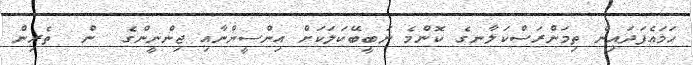
ހަމައެފަދައިން ތިމަންރަސްކަލާނގެ ކޮންމެ ނަބީބޭކަލަކަށް އިންސީންނާއި ޖިންނީންގެ  ން  ތެރިން